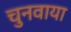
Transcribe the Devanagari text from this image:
चुनवाया